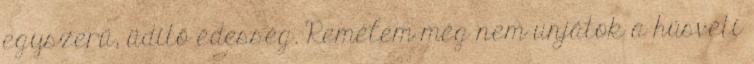
egyszerű, üdítő édesség. Remélem még nem unjátok a húsvéti